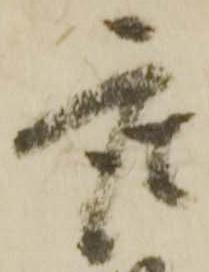
座